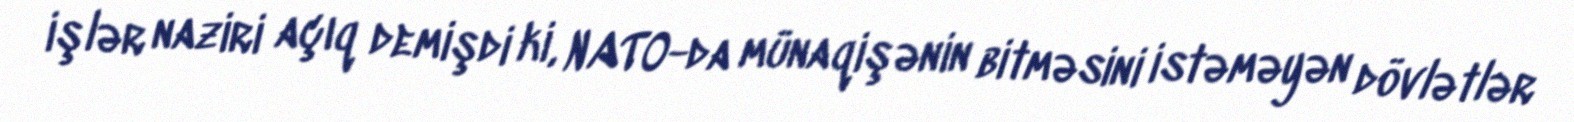
işlər naziri açıq demişdi ki, NATO-da münaqişənin bitməsini istəməyən dövlətlər